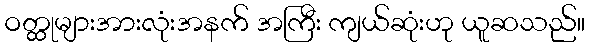
ဝတ္ထုများအားလုံးအနက် အကြီး ကျယ်ဆုံးဟု ယူဆသည်။